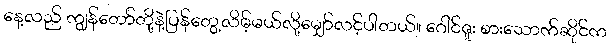
နေ့လည် ကျွန်တော်တို့နဲ့ပြန်တွေ့လိမ့်မယ်လို့မျှော်လင့်ပါတယ်။ ဂေါင်ဇူး စားသောက်ဆိုင်က